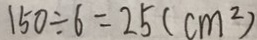
1 5 0 \div 6 = 2 5 ( c m ^ { 2 } )